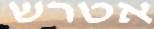
אטרש